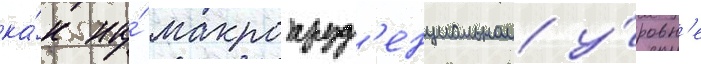
ка́к на́ макропруд'енциальном у́ровн'е